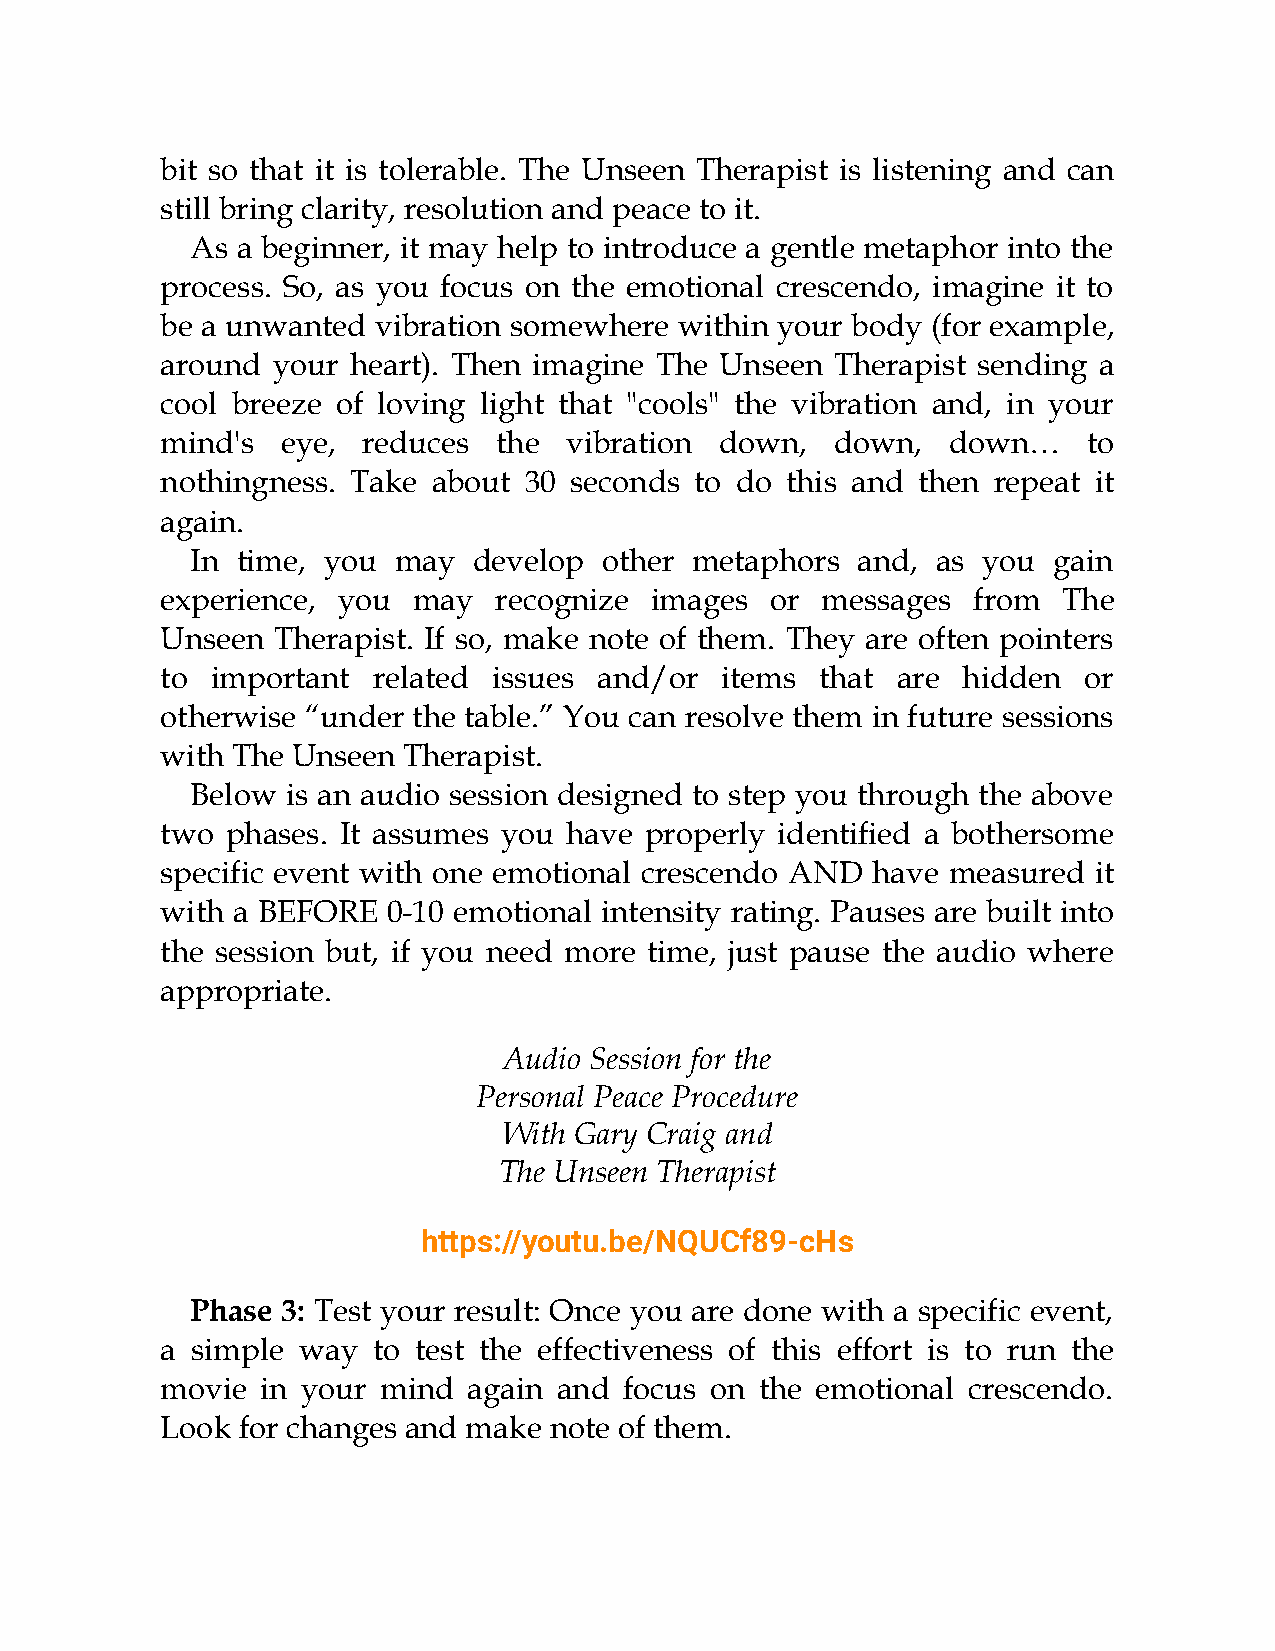
bit so that it is tolerable. The Unseen Therapist is listening and can
 still bring clarity, resolution and peace to it.
 As a beginner, it may help to introduce a gentle metaphor into the
 process. So, as you focus on the emotional crescendo, imagine it to
 be a unwanted vibration somewhere within your body (for example,
 around your heart). Then imagine The Unseen Therapist sending a
 cool breeze of loving light that "cools" the vibration and, in your
 mind's  eye, reduces  the vibration  down,  down,   down…    to
 nothingness. Take about 30 seconds to do this and then repeat it
 again.
 In time, you may  develop  other metaphors  and, as you  gain
 experience, you may   recognize images  or messages  from  The
 Unseen Therapist. If so, make note of them. They are often pointers
 to important  related issues and/or  items that are  hidden  or
 otherwise “under the table.” You can resolve them in future sessions
 with The Unseen Therapist.
 Below is an audio session designed to step you through the above
 two phases. It assumes you have properly identified a bothersome
 specific event with one emotional crescendo AND have measured it
 with a BEFORE  0-10 emotional intensity rating. Pauses are built into
 the session but, if you need more time, just pause the audio where
 appropriate.
 Audio Session for the
 Personal Peace Procedure
 With Gary Craig and
 The Unseen Therapist
 https://youtu.be/NQUCf89-cHs
 Phase 3: Test your result: Once you are done with a specific event,
 a simple way  to test the effectiveness of this effort is to run the
 movie in your mind  again and focus on the emotional crescendo.
 Look for changes and make note of them.